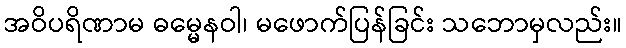
အဝိပရိဏာမ ဓမ္မေနဝါ၊ မဖောက်ပြန်ခြင်း သဘောမှလည်း။